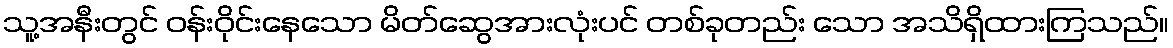
သူ့အနီးတွင် ဝန်းဝိုင်းနေသော မိတ်ဆွေအားလုံးပင် တစ်ခုတည်း သော အသိရှိထားကြသည်။